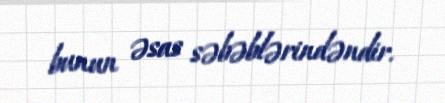
bunun əsas səbəblərindəndir.